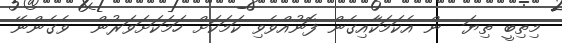
މިތިބީ ތިޔަ  ން އެކަމަކާއިގެން ފޮނުއްވެވި ކަމަކަށް ހަމަކަށަވަރުން  ވެގެންނޭ